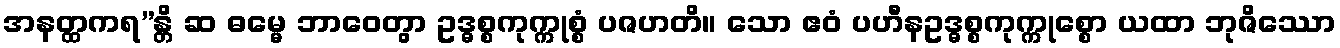
အနတ္ထကရ”န္တိ ဆ ဓမ္မေ ဘာဝေတွာ ဥဒ္ဓစ္စကုက္ကုစ္စံ ပဇဟတိ။ သော ဧဝံ ပဟီနဥဒ္ဓစ္စကုက္ကုစ္စော ယထာ ဘုဇိဿော